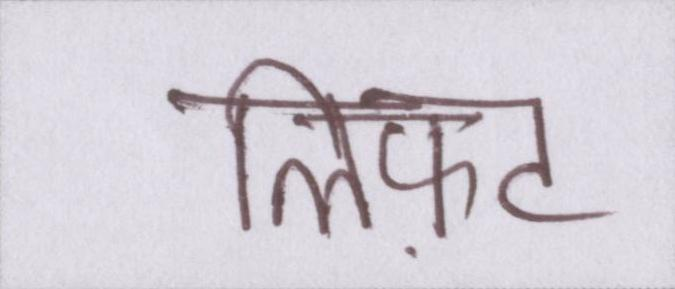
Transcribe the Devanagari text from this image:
लिफ़्ट